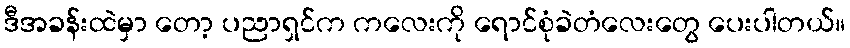
ဒီအခန်းထဲမှာ တော့ ပညာရှင်က ကလေးကို ရောင်စုံခဲတံလေးတွေ ပေးပါတယ်။